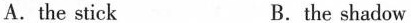
A. the stick B. the shadow